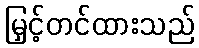
မြှင့်တင်ထားသည်